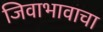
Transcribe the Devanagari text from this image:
जिवाभावाचा